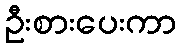
ဦးစားပေးကာ